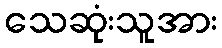
သေဆုံးသူအား